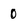
Character: 0